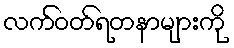
လက်ဝတ်ရတနာများကို